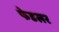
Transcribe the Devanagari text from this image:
फेडलर